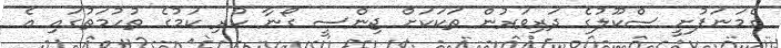
ގެމަނަފުށީ ސްކޫލުގެ ދަރިވަރުން ތަކަކަށް ޖިންސީ ގޯނާ ކުރި ކަމުގެ ތުހުމަތުގައި އެ